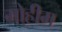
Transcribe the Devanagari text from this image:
मो्हीम